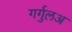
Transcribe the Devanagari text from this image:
गर्गुलअ